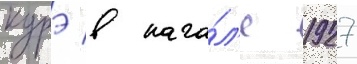
курэ в нача́л'е 1927